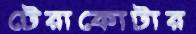
টেরাকোটার